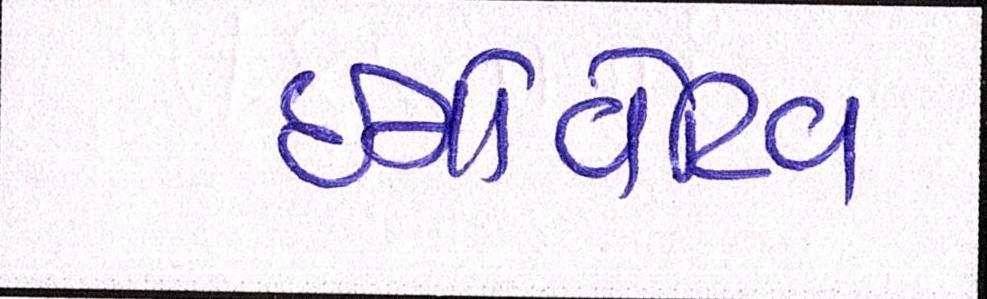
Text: ઇનોવેટિવ